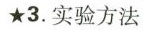
★3.实验方法